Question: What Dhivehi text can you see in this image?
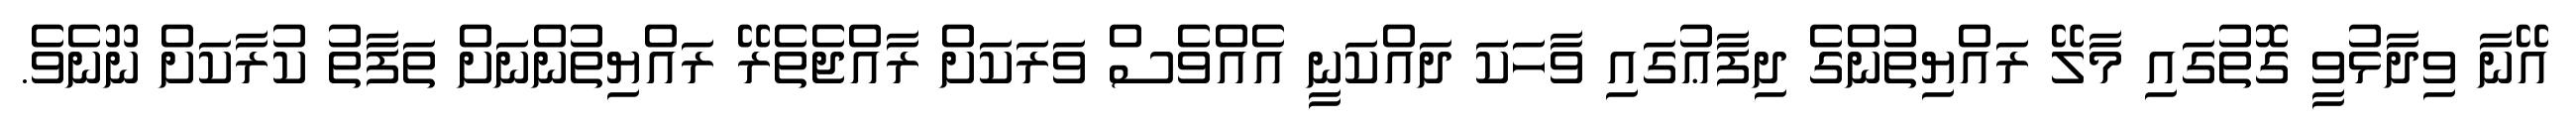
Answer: އޭނާ ވިދާޅުވީ ގޮތުގައި މާލޭ ރައްޔިތުންގެ ދިފާޢުގައި ވާހަކަ ދައްކަނީ އެއްވެސް ވަރަކަށް ރާއްޖެތެރޭ ރައްޔިތުންނަށް ތަފާތު ކުރާކަށް ނޫނެވެ.